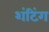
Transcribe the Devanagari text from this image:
शंटिंग